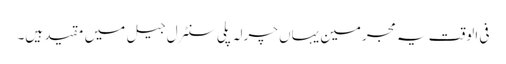
فی الوقت یہ مجرمین یہاں چرلہ پلی سنٹرل جیل میں مقید ہیں۔